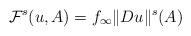
LaTeX: \begin{align*}\mathcal F^s(u,A)=f_{\infty}\Vert Du\Vert^s(A)\end{align*}